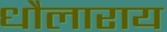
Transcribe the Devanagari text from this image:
धौलाराय